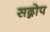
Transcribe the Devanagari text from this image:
सद्गोप